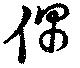
偶